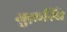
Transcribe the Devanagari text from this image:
मुक़र्रिब